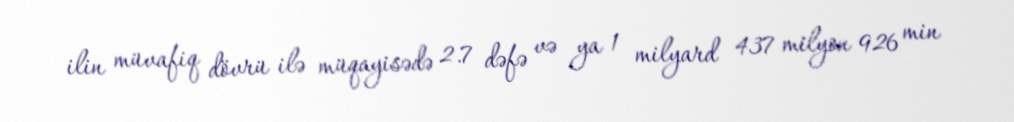
ilin müvafiq dövrü ilə müqayisədə 2.7 dəfə və ya 1 milyard 437 milyon 926 min